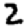
Digit: 2